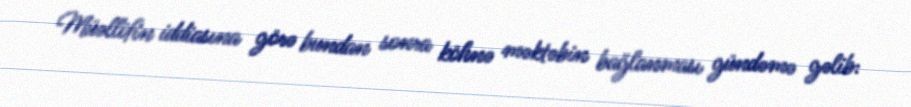
Müəllifin iddiasına görə bundan sonra köhnə məktəbin bağlanması gündəmə gəlib: